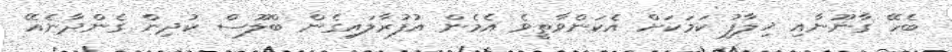
ބެހޭ ގާނޫނާއި ޚިލާފު ކަމަކަށް އެކަންވާތީވެ އެމެން އުފުރާލައިގެން ބްލޫސް ކުދިން ގެންދާނެއޭ